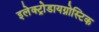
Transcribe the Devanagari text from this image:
इलेक्ट्रोडायग्नोस्टिक